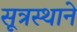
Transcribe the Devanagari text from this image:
सूत्रस्थाने